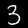
Digit: 3